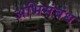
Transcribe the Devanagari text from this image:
अभिसंबंध